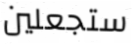
ستجعلين